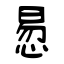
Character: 惖